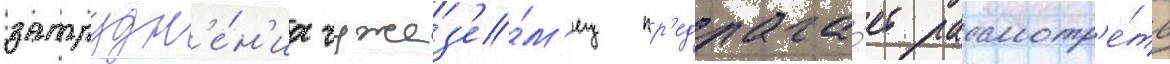
затрудн'е́н'иа чужез'е́м'ец пр'едлага́ет рассмотр'е́ть